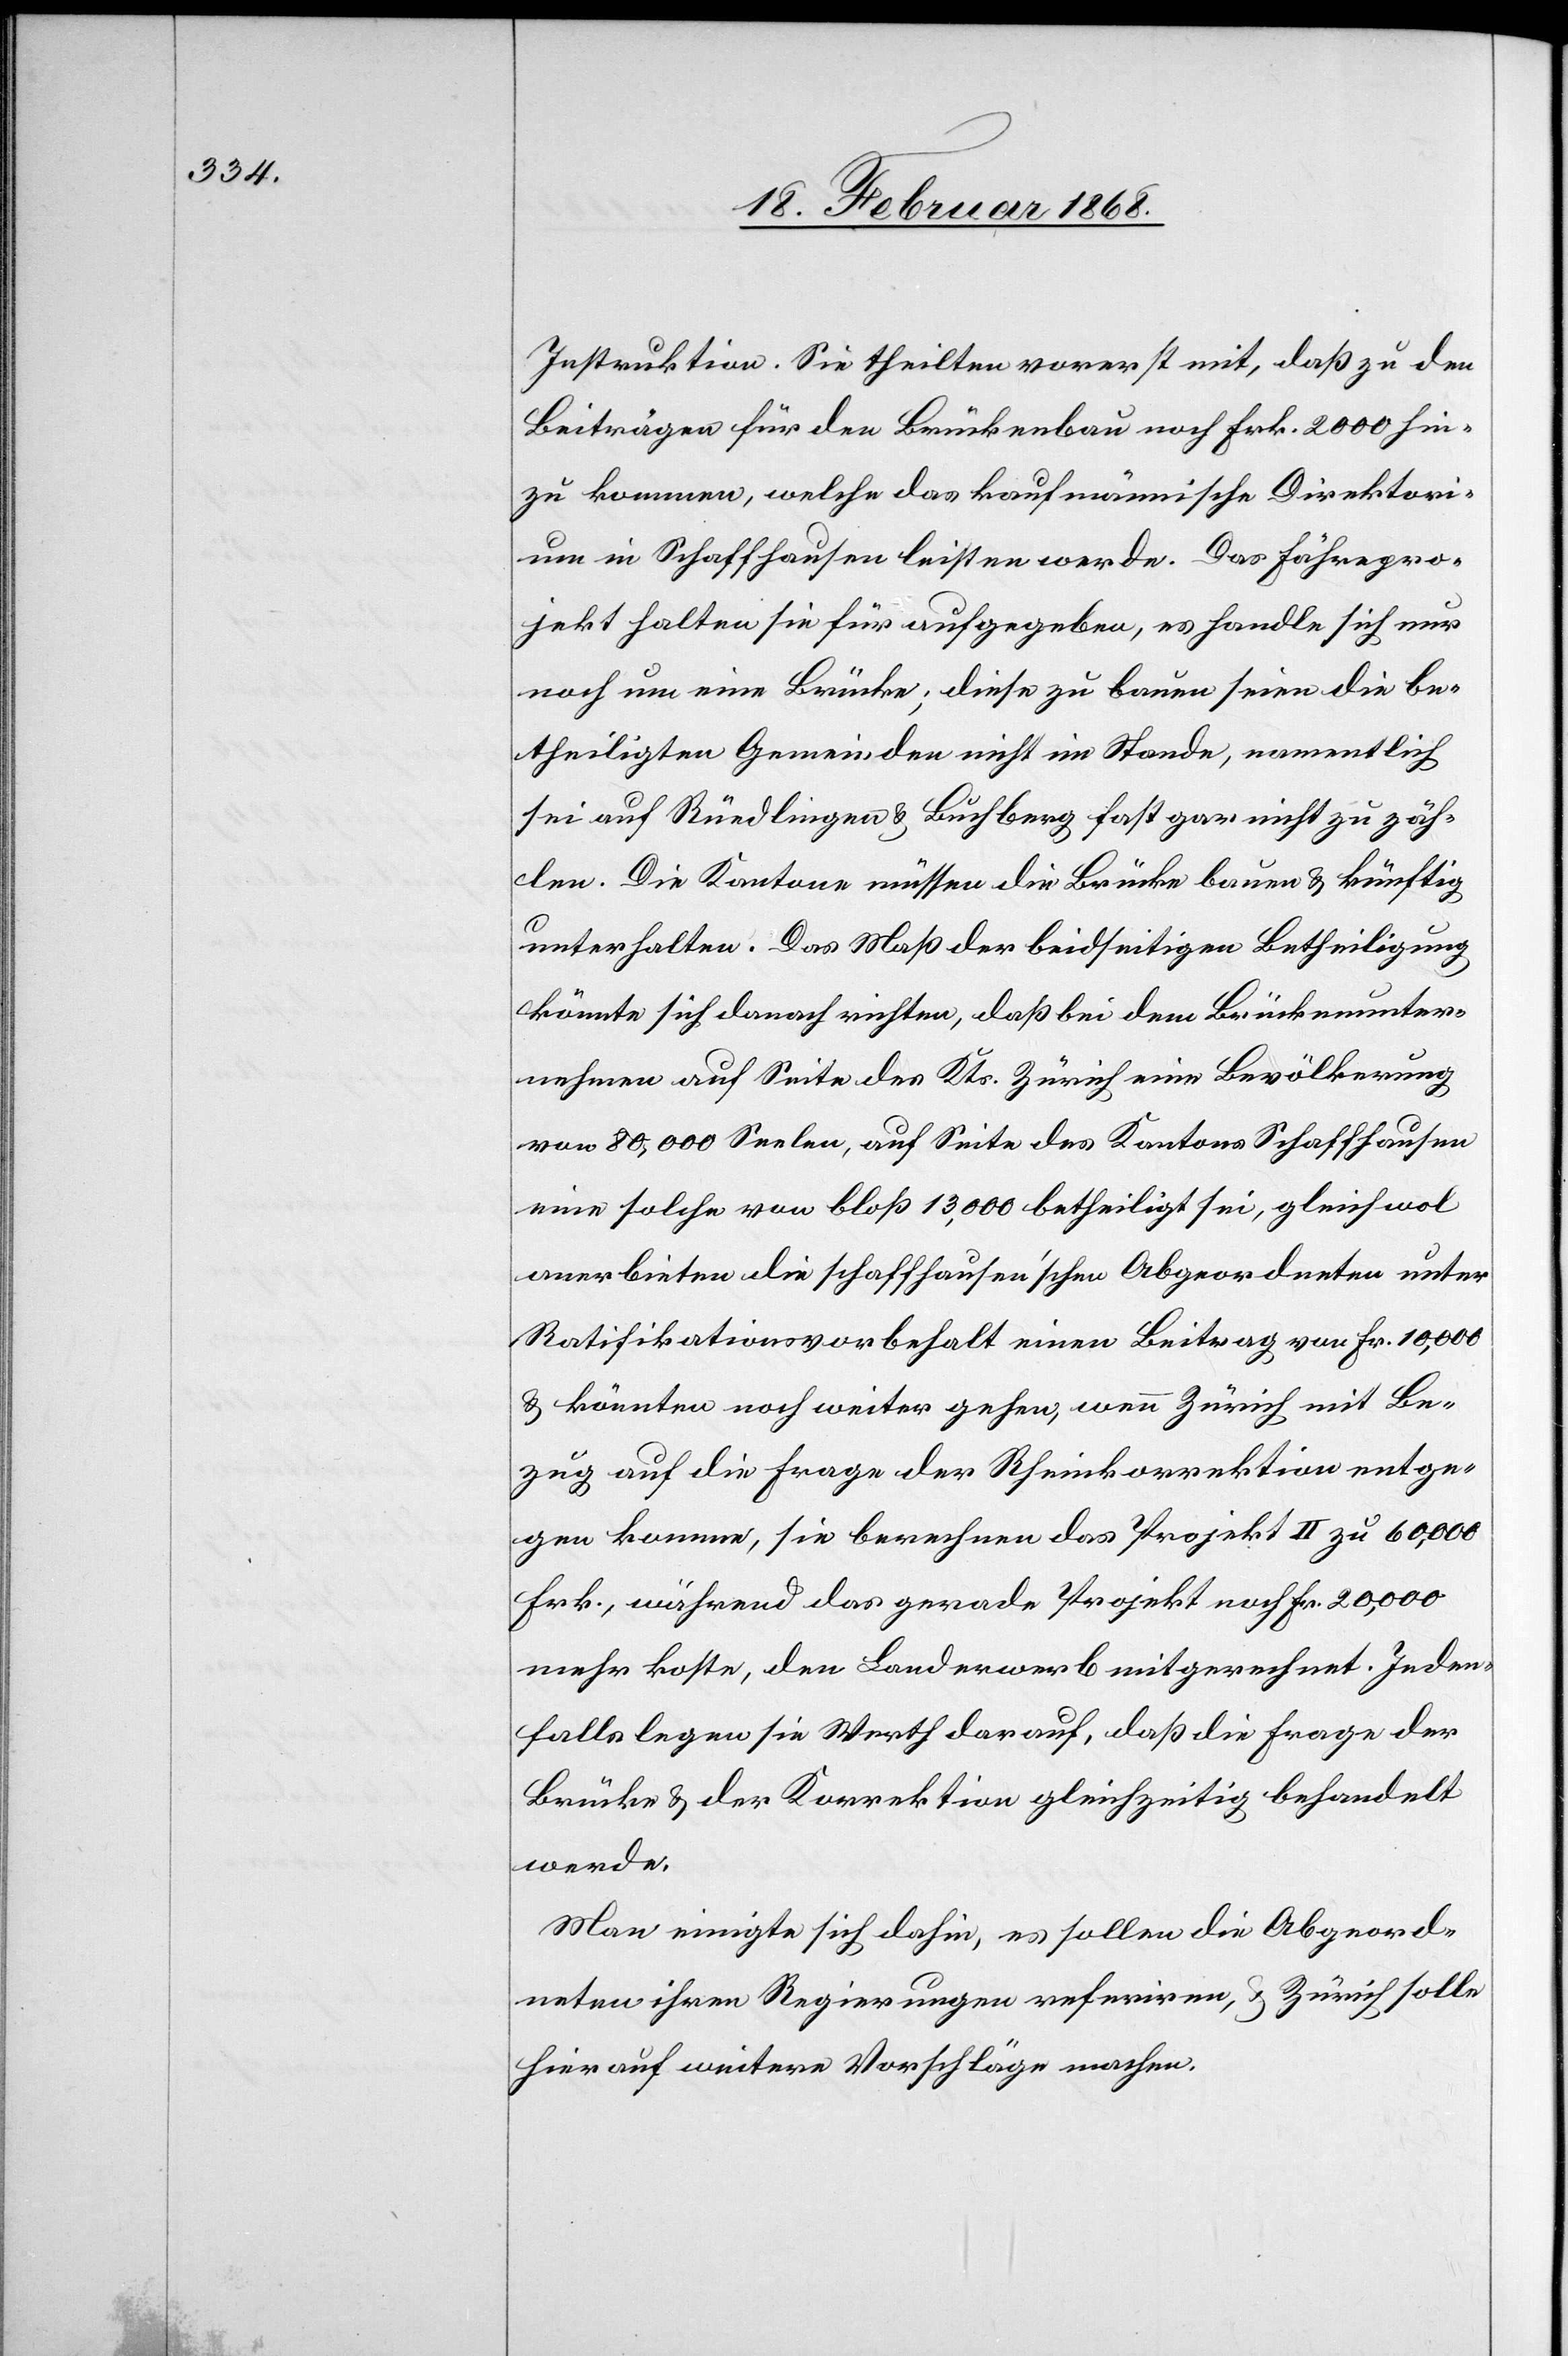
Instruktion. Sie theilten vorerst mit, daß zu den
Beiträgen für den Brückenbau noch Frk. 2000 hin¬
zu kommen, welche das kaufmännische Direktori¬
um in Schaffhausen leisten werde. Das Fährepro¬
jekt halten sie für aufgegeben, es handle sich nur
noch um eine Brücke; diese zu bauen seien die be¬
theiligten Gemeinden nicht im Stande, namentlich
sei auf Rüedlingen & Buchberg fast gar nicht zu zäh¬
len. Die Kantone müssen die Brücke bauen & künftig
unterhalten. Das Maß der beidseitigen Betheiligung
könnte sich danach richten, daß bei dem Brückenunter¬
nehmen auf Seite des Kts. Zürich eine Bevölkerung
von 80,000 Seelen, auf Seite des Kantons Schaffhausen
eine solche von bloß 13,000 betheiligt sei, gleichwol
anerbieten die schaffhausen’schen Abgeordneten unter
Ratifikationsvorbehalt einen Beitrag von Fr. 10,000
& könnten noch weiter gehen, wenn Zürich mit Be¬
zug auf die Frage der Rheinkorrektion entge¬
gen komme, sie berechnen das Projekt II zu 60,000
Frk., während das gerade Projekt noch Fr. 20,000
mehr koste, den Landerwerb mitgerechnet. Jeden¬
falls legen sie Werth darauf, daß die Frage der
Brücke & der Korrektion gleichzeitig behandelt
werde.
Man einigte sich dahin, es sollen die Abgeord¬
neten ihren Regierungen referiren, & Zürich solle
hierauf weitere Vorschläge machen.